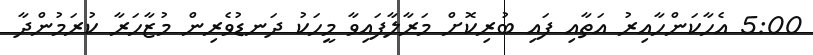
5:00 އެހާކަންހާއިރު އަތާއި ފައި ބުރިކޮށް މަރާލާފައިވާ މީހަކު ދަނޑުވެރިން މުޒާހަރާ ކުރަމުންދާ